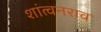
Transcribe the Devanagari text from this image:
शांत्वनराव